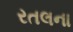
રતલના